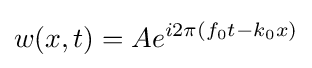
w(x,t)=Ae^{i2\pi (f_{0}t-k_{0}x)}